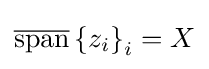
{\textstyle {\overline {\operatorname {span} }}\left\{z_{i}\right\}_{i}=X}